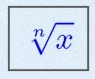
\sqrt[n]{x}